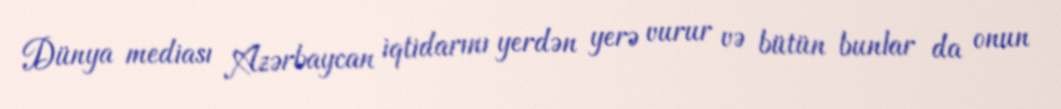
Dünya mediası Azərbaycan iqtidarını yerdən yerə vurur və bütün bunlar da onun